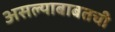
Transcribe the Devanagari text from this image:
असल्याबाबतची